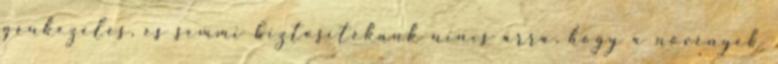
génkezelés, és semmi biztosítékunk nincs arra, hogy a növények